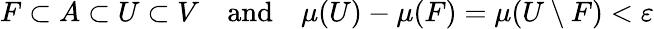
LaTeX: F\subset A\subset U\subset V\quad{\mathrm{and}}\quad\mu(U)-\mu(F)=\mu(U\setminus F)<\varepsilon